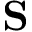
\mathbf { S }